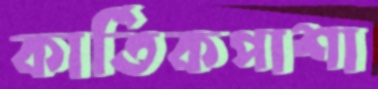
কার্তিকপাশা